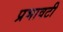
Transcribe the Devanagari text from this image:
प्रभावटी